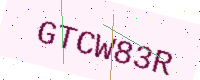
Text: GTCW83R